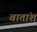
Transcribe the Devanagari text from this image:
वातांश